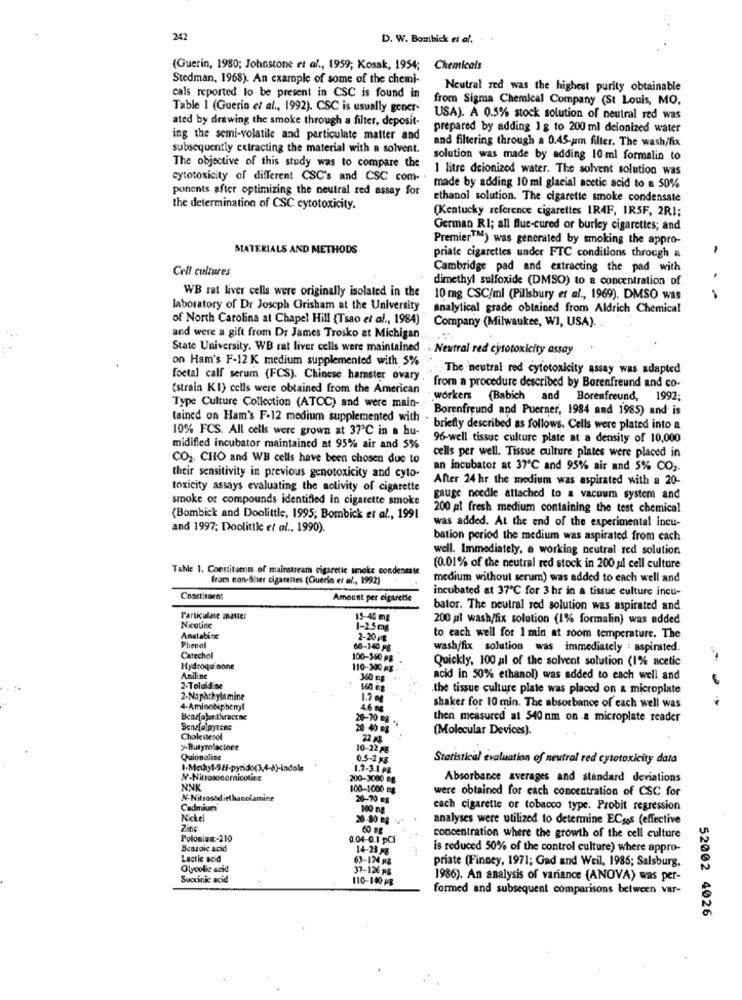
.. .
242
D. W. Bombick et al.
(Guerin, 1980; Johnstone et al ., 1959; Kosak, 1954; Chemicals
Stedman, 1968). An example of some of the chemi-
cals reported to be present in CSC is found in
Neutral red was the highest purity obtainable
from Sigma Chemical Company (St Louis, MO,
Table 1 (Guerin et al ., 1992). CSC is usually gener-
ated by drawing the smoke through a filter, deposit-
USA). A 0.5% stock solution of neutral red was
prepared by adding 1 g to 200 ml deionized water
ing the semi-volatile and particulate matter and
and filtering through a 0.45-um filter. The wash/fix
subsequently extracting the material with a solvent.
solution was made by adding 10 ml formalin to
The objective of this study was to compare the
1 litre deionized water. The solvent solution was
cytotoxicity of different CSC's and CSC com- .
ponents after optimizing the neutral red assay for
made by adding 10 ml glacial acetic acid to a 50%
ethanol solution. The cigarette smoke condensate
the determination of CSC cytotoxicity.
(Kentucky reference cigarettes IR4F, IR5F, 2R1;
German RI; all flue-cured or burley cigarettes; and
PremierTM) was generated by smoking the appro-
MATERIALS AND METHODS
priate cigarettes under FTC conditions through &
Cell cultures
Cambridge pad and extracting the pad with
dimethyl sulfoxide (DMSO) to a concentration of
WB rat liver cells were originally isolated in the
10 mg CSC/ml (Pillsbury et al ., 1969). DMSO was
laboratory of Dr Joseph Grisham at the University
analytical grade obtained from Aldrich Chemical
of North Carolina at Chapel Hill (Tsao et al ., 1984)
Company (Milwaukee, WI, USA).
and were a gift from Dr James Trosko at Michigan
State University. WB rat liver cells were maintained . . Neutral red cytotoxicity assay
on Ham's F-12 K medium supplemented with 5%
. The neutral red cytotoxicity assay was adapted
foetal calf serum (FCS). Chinese hamster ovary,
(strain KI) cells were obtained from the American
from a procedure described by Borenfreund and co-
workers (Babich and Borenfreund, 1992;
Type Culture Collection (ATOC) and were main-
Borenfreund and Puerner, 1984 and 1985) and is
tained on Ham's F-12 medium supplemented with .
10% FCS. All cells were grown at 37℃ in a hu-
briefly described as follows. Cells were plated into a
96-well tissue culture plate at a density of 10,000
midifled incubator maintained at 95% air and 5%
cells per well. Tissue culture plates were placed in
CO2. CHO and WB cells have been chosen due to
an incubator at 37℃ and 95% air and 5% CO2.
their sensitivity in previous genotoxicity and cyto-
After 24 hr the medium was aspirated with a 20-
toxicity assays evaluating the nolivity of cigarette
smoke or compounds identified in cigarette smoke
gauge needle attached to a vacuum system and
200 pl fresh medium containing the test chemical
(Bombick and Doolittle, 1995; Bombick et al ., 1991
and 1997; Doolittle et al ., 1990).
was added. At the end of the experimental incu-
bation period the medium was aspirated from cach
well. Immediately, a working neutral red solution
Table 1. Constituents of mainstream cigarette smoke condensate
(0.01% of the neutral red stock in 200 ul cell culture
from non-Sier cigarettes (Guerin et al ., 1992)
medium without serum) was added to each well and
incubated at 37℃ for 3 hr in a tissue culture incu-
Constituent
Amount per cigarette
bator. The neutral red solution was aspirated and
Particulate anauter
15-40 mg
200 pl wash/fix solution (1% formalin) was added
Nicotine
1-2 5mg
Amatabine
2-20 FB
to each well for 1 min at room temperature. The
Phenol
60-140 Pg
wash/fix solution was immediately : aspirated.
Catechol
100-350 MB
Quickly, 100 al of the solvent solution (1% acetic
Hydroquinone
110-300 Ag
Aniline
340 mg
acid in 50% ethanol) was added to each well and
2-Toluid De
160 Gg
the tissue culture plate was placed on a microplate
2-Naphthylamine
1.7 M
4-AminoNiphent
46 m
shaker for 10 min. The absorbance of each well was
Bearfalar thracese
20-70 08
then measured at 540 nm on -a microplate reader
20 -40 mg
(Molecular Devices).
Cholesterol
22 HR
7-Butyrolactone
10-22 F8
Quionoline
0.5-2 xg
Statistical evaluation of neutral red cytotoxicity data
I-Methy1-9H-pyrido(3,4-8)-indole
1.7-3.1 pz
N-Nitrosonornicotine
200-3000 08
Absorbance averages and standard deviations
NNK
100-1000 mg
were obtained for each concentration of CSC for
N-Nitrosodiethanolamine
20-70 mg
Cadmium
100 ng
cach cigarette or tobacco type. Probit regression
Nickel
20-80 -8
analyses were utilized to determine ECses (effective
Zing
Poloning-210
0.04-0.1 pci
concentration where the growth of the cell culture
Benzoic acid
14-28 FB
is reduced 50% of the control culture) where appro-
Lactic acid
63-124 18
priate (Finney, 1971; Gad and Weil, 1986; Salsburg,
Glycolic acid
37-126 F&
Succinic acid
110-140 18
1986). An analysis of variance (ANOVA) was per-
formed and subsequent comparisons between var-
52002 4026